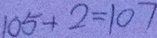
1 0 5 + 2 = 1 0 7